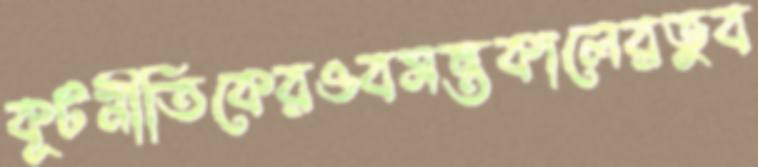
কূটনীতিকেরওবসন্তকালেরভুব